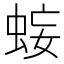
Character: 𧊷